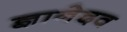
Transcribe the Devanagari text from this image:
ज्ञानेदव